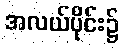
အလယ်ပိုင်း၌